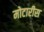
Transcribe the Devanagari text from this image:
मोटारीस